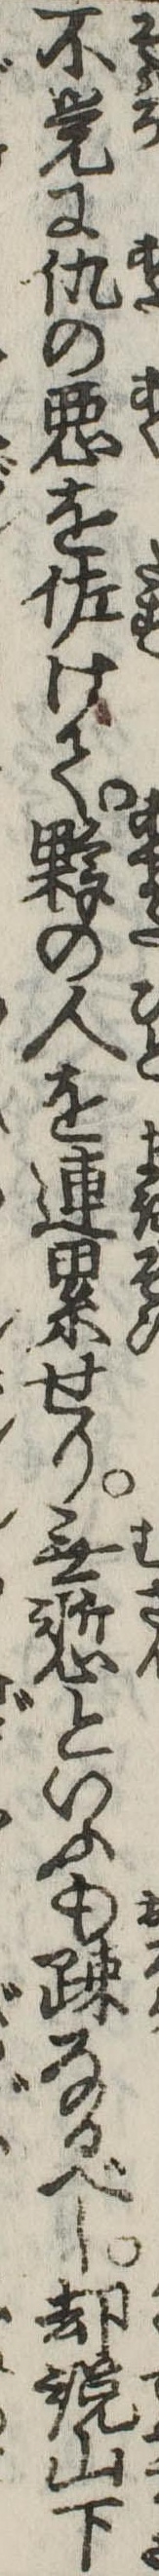
不覚に仇の悪を佐けて夥の人を連累せり無慙といふも疎なるべし却説山下